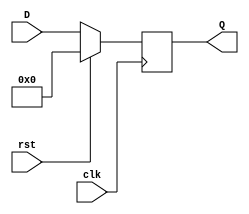
module REGISTER16(input [15:0] D, input clk, rst, output reg [15:0] Q);
	always @(posedge clk) begin
		Q = rst ? 0 : D;
	end
endmodule